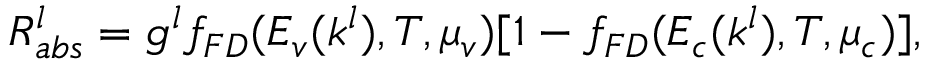
R _ { a b s } ^ { l } = g ^ { l } f _ { F D } ( E _ { v } ( k ^ { l } ) , T , \mu _ { v } ) [ 1 - f _ { F D } ( E _ { c } ( k ^ { l } ) , T , \mu _ { c } ) ] ,